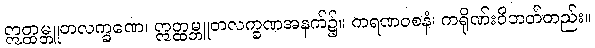
ဣတ္ထမ္ဘူတလက္ခဏေ၊ ဣတ္ထမ္ဘူတလက္ခဏအနက်၌။ ကရဏဝစနံ၊ ကရိုဏ်းဝိဘတ်တည်း။